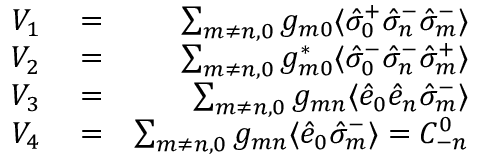
\begin{array} { r l r } { V _ { 1 } } & { { } = } & { \sum _ { m \neq n , 0 } g _ { m 0 } \langle \hat { \sigma } _ { 0 } ^ { + } \hat { \sigma } _ { n } ^ { - } \hat { \sigma } _ { m } ^ { - } \rangle } \\ { V _ { 2 } } & { { } = } & { \sum _ { m \neq n , 0 } g _ { m 0 } ^ { * } \langle \hat { \sigma } _ { 0 } ^ { - } \hat { \sigma } _ { n } ^ { - } \hat { \sigma } _ { m } ^ { + } \rangle } \\ { V _ { 3 } } & { { } = } & { \sum _ { m \neq n , 0 } g _ { m n } \langle \hat { e } _ { 0 } \hat { e } _ { n } \hat { \sigma } _ { m } ^ { - } \rangle } \\ { V _ { 4 } } & { { } = } & { \sum _ { m \neq n , 0 } g _ { m n } \langle \hat { e } _ { 0 } \hat { \sigma } _ { m } ^ { - } \rangle = { \cal C } _ { - n } ^ { 0 } } \end{array}